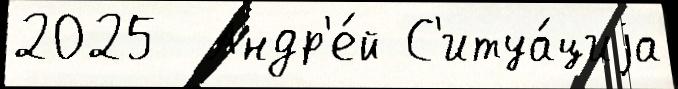
2025  Андр'е́й С'итуа́циjа